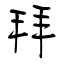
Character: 拜